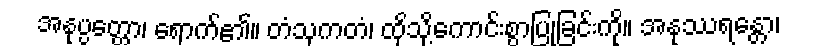
အနုပ္ပတ္တော၊ ရောက်၏။ တံသုကတံ၊ ထိုသို့ကောင်းစွာပြုခြင်းကို။ အနုဿရန္တော၊